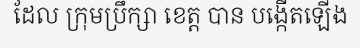
ដែល ក្រុមប្រឹក្សា ខេត្ត បាន បង្កើតឡើង